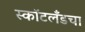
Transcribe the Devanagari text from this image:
स्कॉटलँडचा